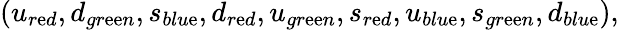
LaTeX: (u_{r\mathrm{e}d},d_{gr\mathrm{e}\mathrm{e}n},s_{blu\mathrm{e}},d_{r\mathrm{e}d},u_{gr\mathrm{e}\mathrm{e}n},s_{r\mathrm{e}d},u_{blu\mathrm{e}},s_{gr\mathrm{e}\mathrm{e}n},d_{blu\mathrm{e}}),